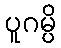
ပူဂမ္ပိ